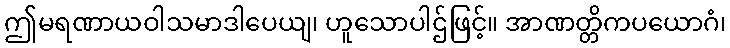
ဤမရဏာယဝါသမာဒါပေယျ၊ ဟူသောပါဌ်ဖြင့်။ အာဏတ္တိကပယောဂံ၊